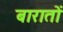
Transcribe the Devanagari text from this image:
बारातों